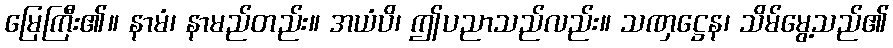
မြေကြီး၏။ နာမံ၊ နာမည်တည်း။ အယံပိ၊ ဤပညာသည်လည်း။ သဏှဋ္ဌေန၊ သိမ်မွေ့သည်၏